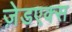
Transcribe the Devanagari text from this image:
ज़ेडएक्स